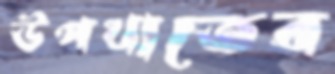
উপখাতের